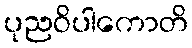
ပုညဝိပါကောတိ